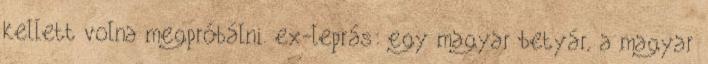
kellett volna megpróbálni. ex-leprás: egy magyar betyár, a magyar